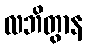
လဘိတွာန